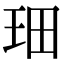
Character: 𤤦